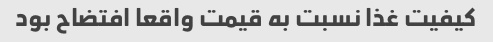
کیفیت غذا نسبت به قیمت واقعا افتضاح بود